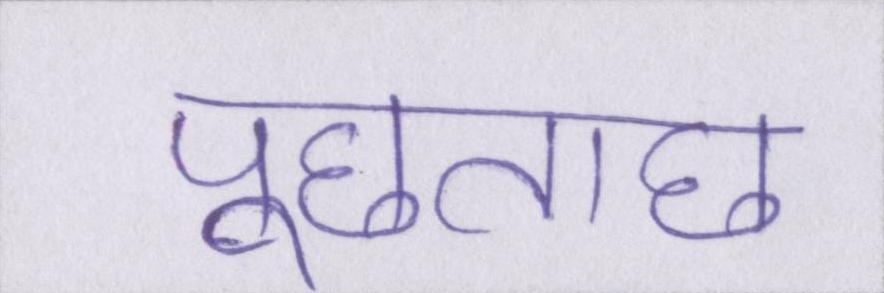
पूछताछ